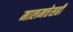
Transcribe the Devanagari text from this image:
मालमत्तेसही